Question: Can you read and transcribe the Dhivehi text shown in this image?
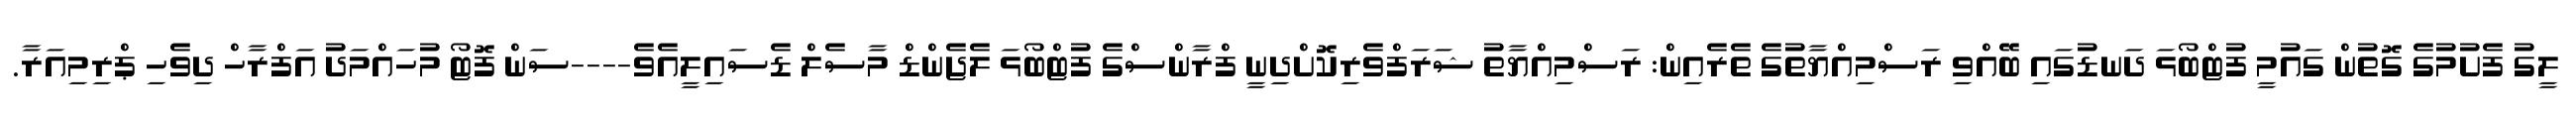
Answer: ލީގު ފެށުމުގެ ގޮތުން ގައުމީ ފުޓްބޯޅަ ދަނޑުގައި ބޭއްވި ރަސްމިއްޔާތުގެ ތެރެއިން: ރަސްމިއްޔާތު ޝަރަފްވެރިކޮށްދިނީ ފްރާންސްގެ ފުޓްބޯޅަ ލެޖެންޑް މާސެލް ޑެސައިލީއެވެ----ސަން ފޮޓޯ މުހައްމަދު އަފްރާހް ދިވެހި ޕްރިމިއަރާ.